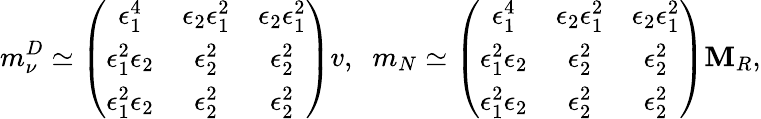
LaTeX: m_{\nu}^{D}\simeq\left(\begin{array}{ccc}{{\epsilon_{1}^{4}}}&{{\epsilon_{2}\epsilon_{1}^{2}}}&{{\epsilon_{2}\epsilon_{1}^{2}}}\\ {{\epsilon_{1}^{2}\epsilon_{2}}}&{{\epsilon_{2}^{2}}}&{{\epsilon_{2}^{2}}}\\ {{\epsilon_{1}^{2}\epsilon_{2}}}&{{\epsilon_{2}^{2}}}&{{\epsilon_{2}^{2}}}\end{array}\right)v,\; \; m_{N}\simeq\left(\begin{array}{ccc}{{\epsilon_{1}^{4}}}&{{\epsilon_{2}\epsilon_{1}^{2}}}&{{\epsilon_{2}\epsilon_{1}^{2}}}\\ {{\epsilon_{1}^{2}\epsilon_{2}}}&{{\epsilon_{2}^{2}}}&{{\epsilon_{2}^{2}}}\\ {{\epsilon_{1}^{2}\epsilon_{2}}}&{{\epsilon_{2}^{2}}}&{{\epsilon_{2}^{2}}}\end{array}\right)\mathbf{M}_{R},